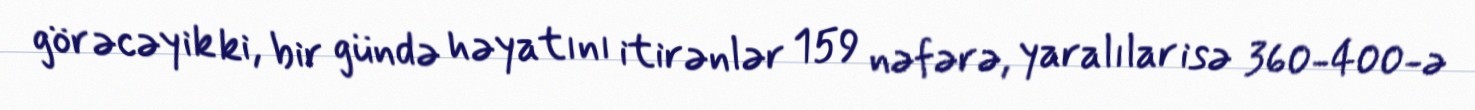
görəcəyik ki, bir gündə həyatını itirənlər 159 nəfərə, yaralılar isə 360-400-ə